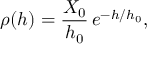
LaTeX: \rho ( h ) = { \frac { X _ { 0 } } { h _ { 0 } } } \, e ^ { - h / h _ { 0 } } ,